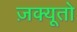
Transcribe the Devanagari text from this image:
ज़क्यूतो